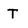
Character: T